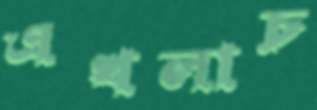
এখলাচ